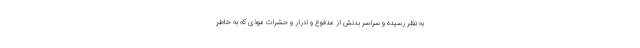
به نظر رسیده و سراسر بدنش از مدفوع و ادرار و حشرات موذی که به خاطر